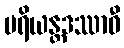
ပရိယန္တဒဿာဝီ